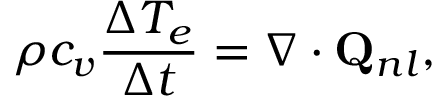
\rho { c _ { v } } \frac { { \Delta { T _ { e } } } } { { \Delta t } } = \nabla \cdot { { \bf { Q } } _ { n l } } ,